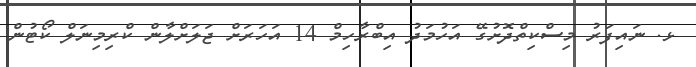
ޅ. ނައިފަރު މިސްކިތްދޮށުގޭ އަހުމަދު އިބްރާހިމް 14 އަހަރަށް ޖަލަށްލާން ކްރިމިނަލް ކޯޓުން